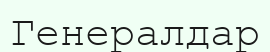
Генералдар